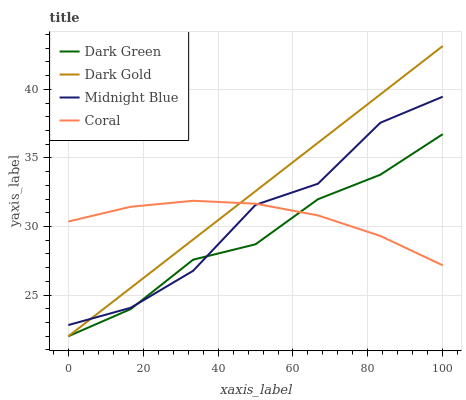
| xaxis_label | Dark Green | Dark Gold | Midnight Blue | Coral |
 | --- | --- | --- | --- | --- |
 | 0 | 22 | 22 | 22.8 | 30.4 |
 | 16.7 | 24 | 25.5 | 24.1 | 31.4 |
 | 33.3 | 27.6 | 29.1 | 26.8 | 31.9 |
 | 50 | 28.7 | 32.6 | 31.6 | 31.7 |
 | 66.7 | 32 | 36.1 | 33.1 | 30.8 |
 | 83.3 | 33.8 | 39.6 | 37.6 | 29.3 |
 | 100 | 36.7 | 43.2 | 39.5 | 27.2 |